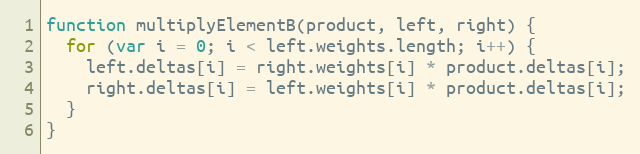
Language: JavaScript
function multiplyElementB(product, left, right) {
  for (var i = 0; i < left.weights.length; i++) {
    left.deltas[i] = right.weights[i] * product.deltas[i];
    right.deltas[i] = left.weights[i] * product.deltas[i];
  }
}